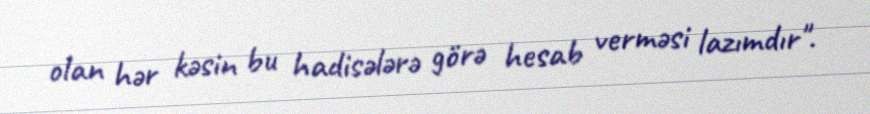
olan hər kəsin bu hadisələrə görə hesab verməsi lazımdır".